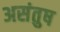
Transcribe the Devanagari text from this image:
असंतुष